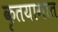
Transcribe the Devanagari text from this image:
कृतयागात